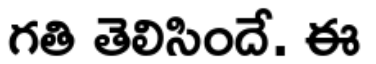
గతి తెలిసిందే. ఈ